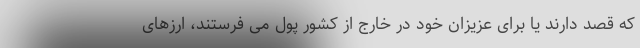
که قصد دارند یا برای عزیزان خود در خارج از کشور پول می فرستند، ارزهای